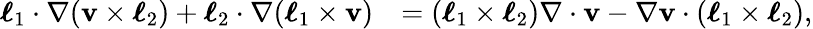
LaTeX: \begin{array}{rl}{\boldsymbol{\ell}_{1}\cdot\nabla(\mathbf{v}\times\boldsymbol{\ell}_{2})+\boldsymbol{\ell}_{2}\cdot\nabla(\boldsymbol{\ell}_{1}\times\mathbf{v})}&{=(\boldsymbol{\ell}_{1}\times\boldsymbol{\ell}_{2})\nabla\cdot\mathbf{v}-\nabla\mathbf{v}\cdot(\boldsymbol{\ell}_{1}\times\boldsymbol{\ell}_{2}),}\end{array}